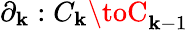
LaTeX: \partial_{\mathbf{k}}:C_{\mathbf{k}}\toC_{\mathbf{k}-1}